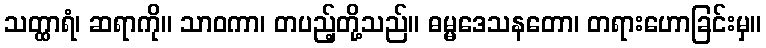
သတ္ထာရံ၊ ဆရာကို။ သာဝကာ၊ တပည့်တို့သည်။ ဓမ္မဒေသနတော၊ တရားဟောခြင်းမှ။